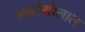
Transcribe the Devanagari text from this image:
नवरंगीलाल